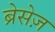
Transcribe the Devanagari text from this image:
ब्रेसेज़